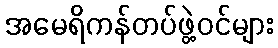
အမေရိကန်တပ်ဖွဲ့ဝင်များ